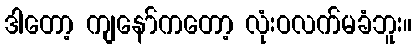
ဒါတော့ ကျနော်ကတော့ လုံးဝလက်မခံဘူး။